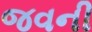
જવની